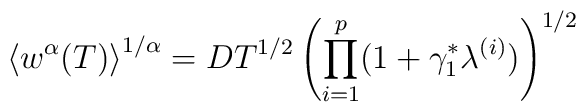
\left\langle w^{\alpha}(T)\right\rangle^{1/\alpha}=DT^{1/2}\left(\prod^{p}_{i=1}(1+\gamma^{\ast}_{1}\lambda^{(i)})\right)^{1/2}